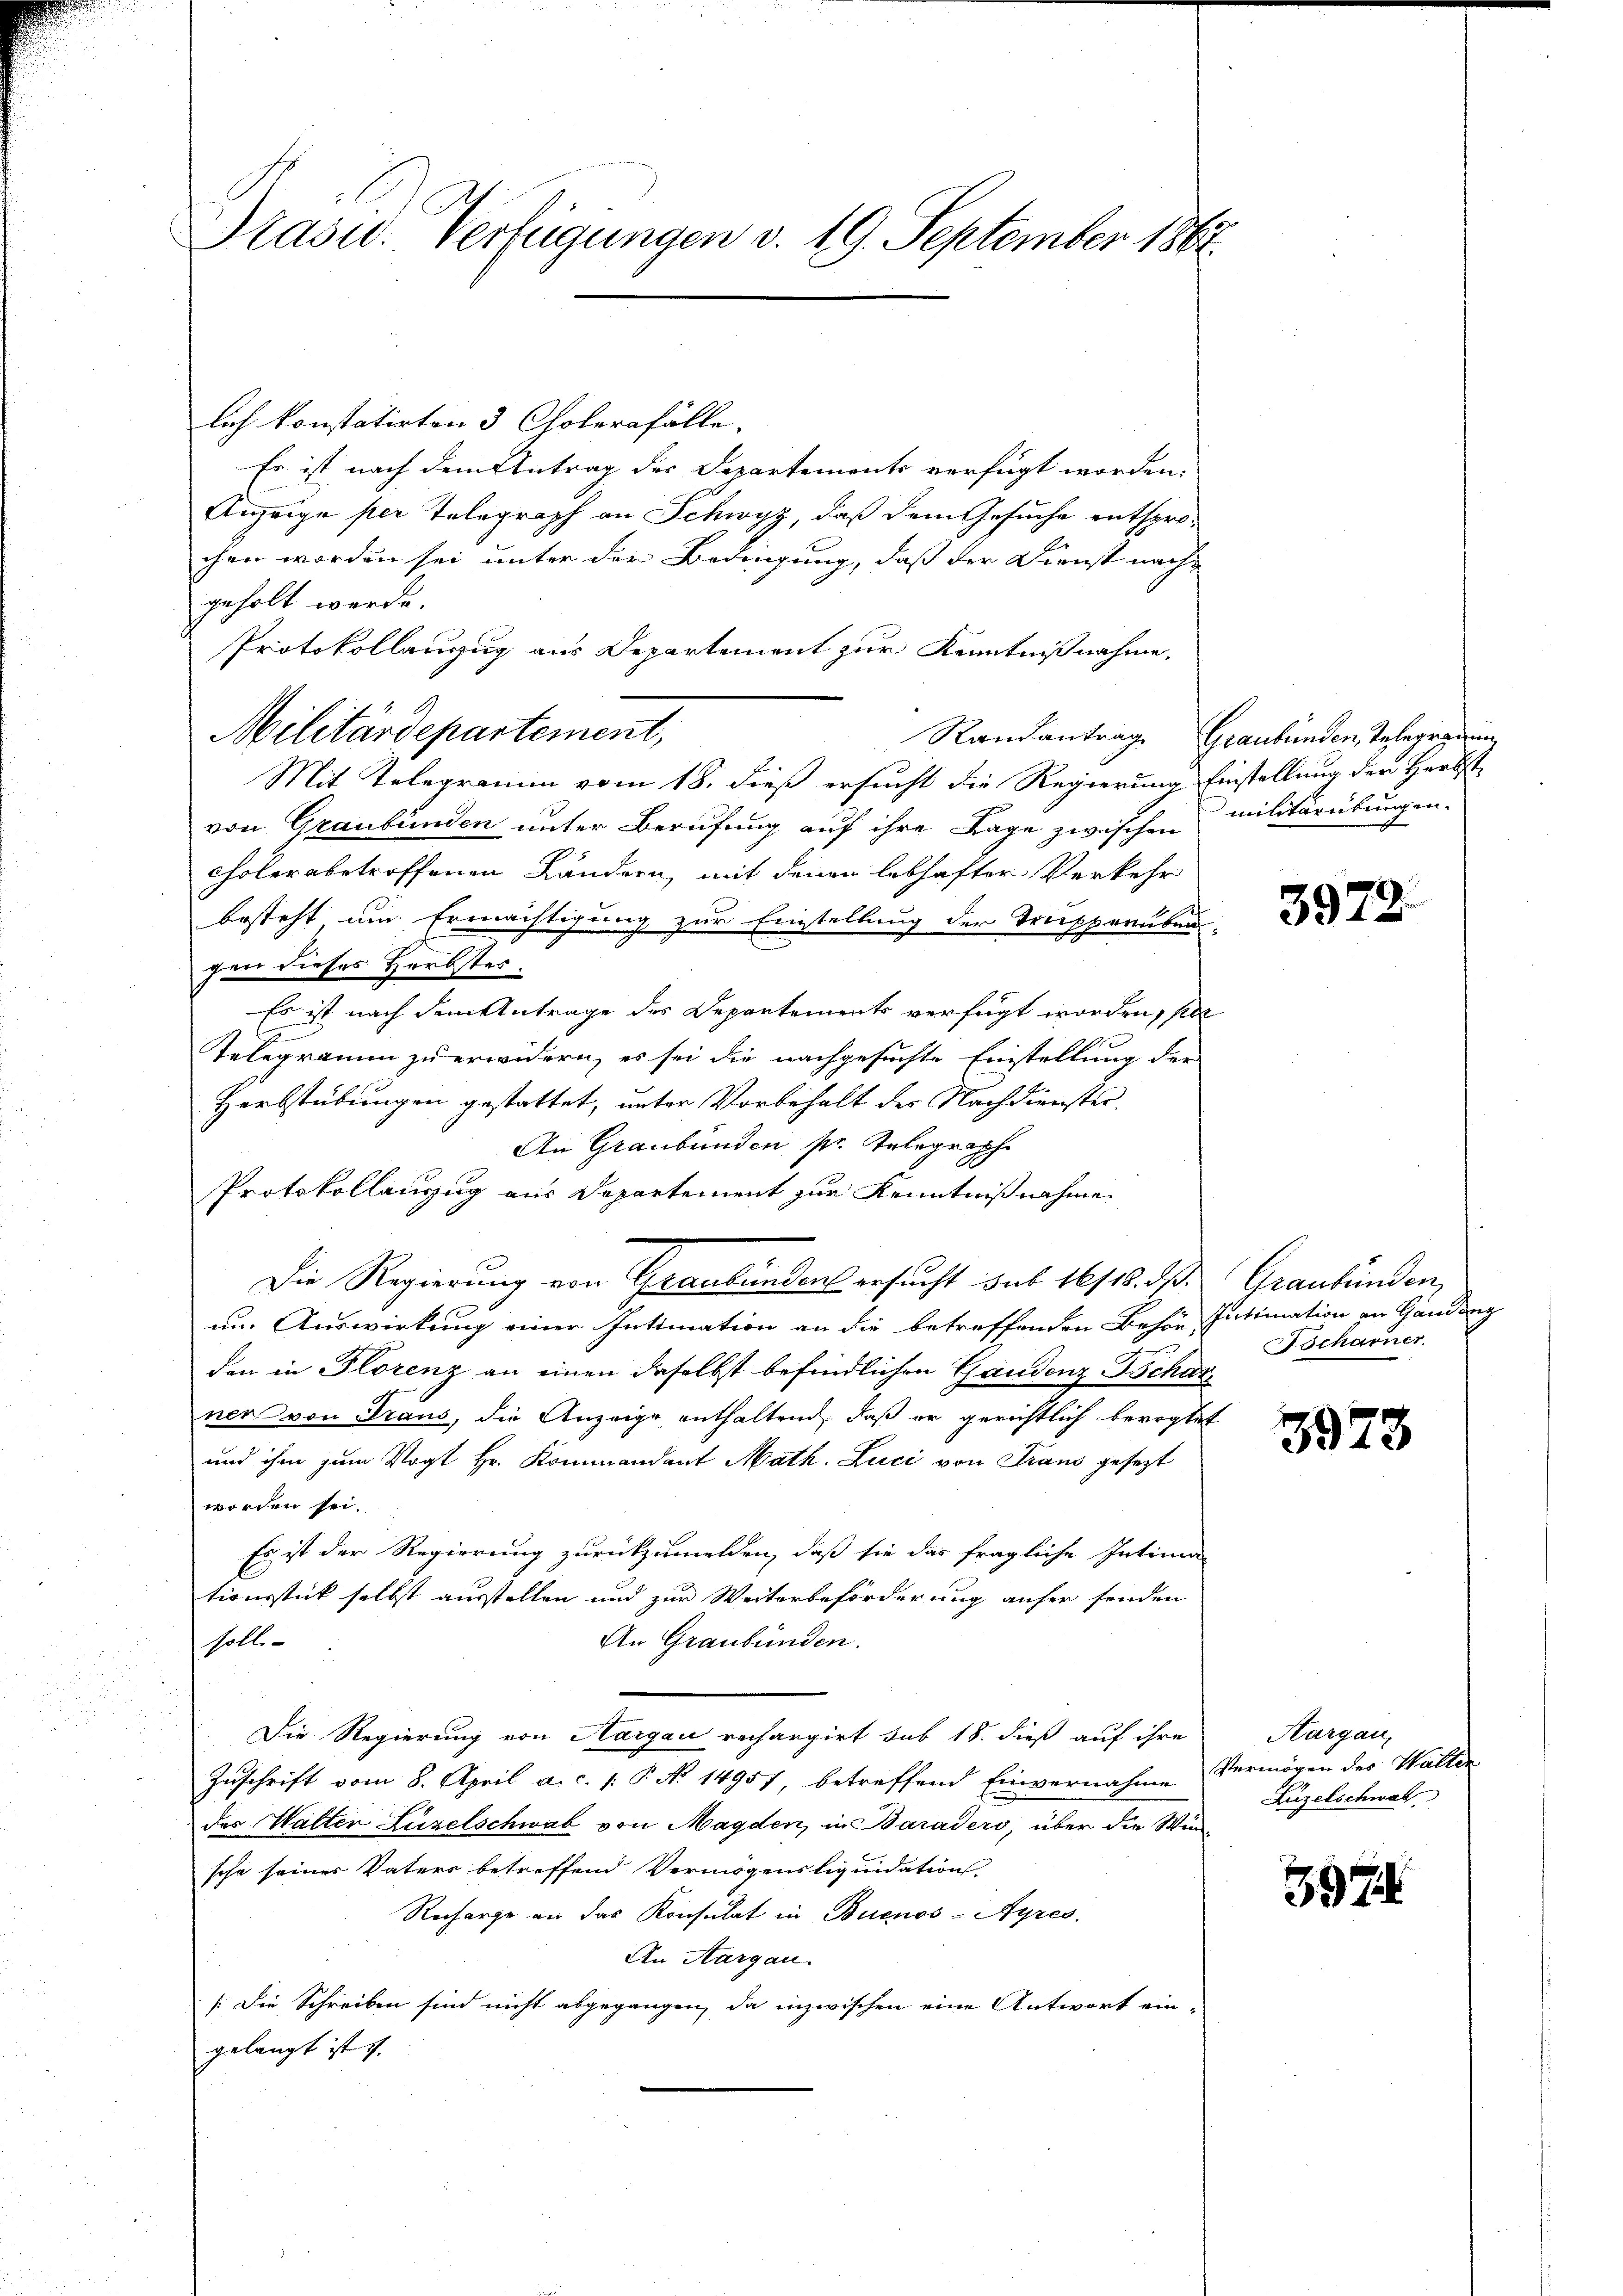
Präsid. Verlegungen v. 19. September 1862.

lich konstatirten 3 Cholerafälle.
Es ist nach dem Antrag der Departements verfügt worden.
Anzeige per Telegraph an Schwyz, daß dem Gesuche entsprochen worden sei unter der Bedingung, daß der Dienst nach-
geholt werde.
Protokollanzug aus Departement zur Kenntnißnahme,
Militärdepartement,
Mit Telegramm vom 18. dieß ersucht die Regierung Einstellung der Herbst
von Graubünden unter Berufung auf ihre Tage zwischen
cholerabetroffenen Ländern, mit denen lebhafter Verkehr
besteht um Ermächtigung zur Einstellung der Trepperuben-
gen dieses Herbstes.
Es ist nach dem Antrage des Departements verfügt worden, sel
1
Telegramm zu erwidern, es sei die nachgesuchte Einstellung der
Herbstübungen gestattet, unter Vorbehalt der Nachdienster
An Graubünden sr. Telegraphe
Protokollanzug aus Departement zur Kenntnißnahme
Die Regierung von Graubündens ersucht sub 16/18. dß.
um Auswirkung einer Intimation an die betreffenden Behör Intimation an Gandenz
den in Florenz an einen daselbst befindlichen Gaudenz Tschar
ner von Traus, die Anzeige enthaltend, daß er gerichtlich bevogtet
und ihm zum Vogt Hr. Kommandant Math. Luci von Traus gesezt
worden sei.
Es ist der Regierung zurückzumelden, daß sie das fragliche Intima-
tionsstick selbst ausstellen und zur Weiterbeförderung anher senden
soll
An Graubünden.
Die Regierung von Aargau rechargirt sub 18. dieß auf ihre
Zuschrift vom 8. April a. c. p. P. No. 14957, betreffend Einvernahme Vermögen der Walter
des Walter Liezelschwab von Magden, in Baraders, über die Winsche seiner Vaters betreffend Vermögensliquidation
Recharge an das Konsulat in Buenos-Ayres,
An Aargau.
[Die Schreiben sind nicht abgegangen, da inzwischen eine Antwort ein-
gelangt ist. |

Randantrag Graubünden, Telegradung
militärübungen.

3972

Graubünden
Bscharner

3973

Hargau,
Luzelschwal

3974